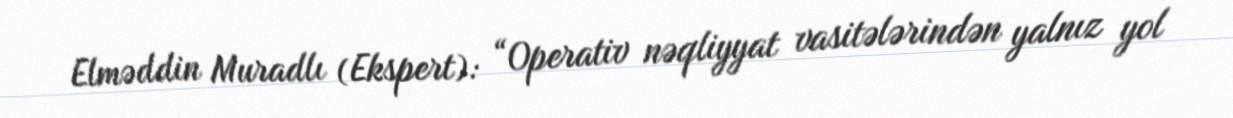
Elməddin Muradlı (Ekspert): “Operativ nəqliyyat vasitələrindən yalnız yol